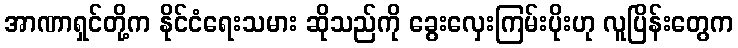
အာဏာရှင်တို့က နိုင်ငံရေးသမား ဆိုသည်ကို ခွေးလှေးကြမ်းပိုးဟု လူပြိန်းတွေက